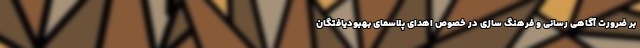
بر ضرورت آگاهی رسانی و فرهنگ سازی در خصوص اهدای پلاسمای بهبودیافتگان